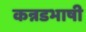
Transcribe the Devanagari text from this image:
कन्नडभाषी